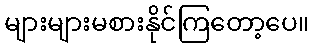
များများမစားနိုင်ကြတော့ပေ။